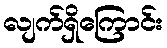
လျက်ရှိကြောင်း